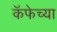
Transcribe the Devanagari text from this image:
कॅफेच्या